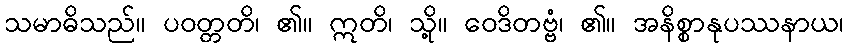
သမာဓိသည်။ ပဝတ္တတိ၊ ၏။ ဣတိ၊ သို့။ ဝေဒိတဗ္ဗံ၊ ၏။ အနိစ္စာနုပဿနာယ၊